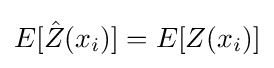
E[{\hat {Z}}(x_{i})]=E[Z(x_{i})]